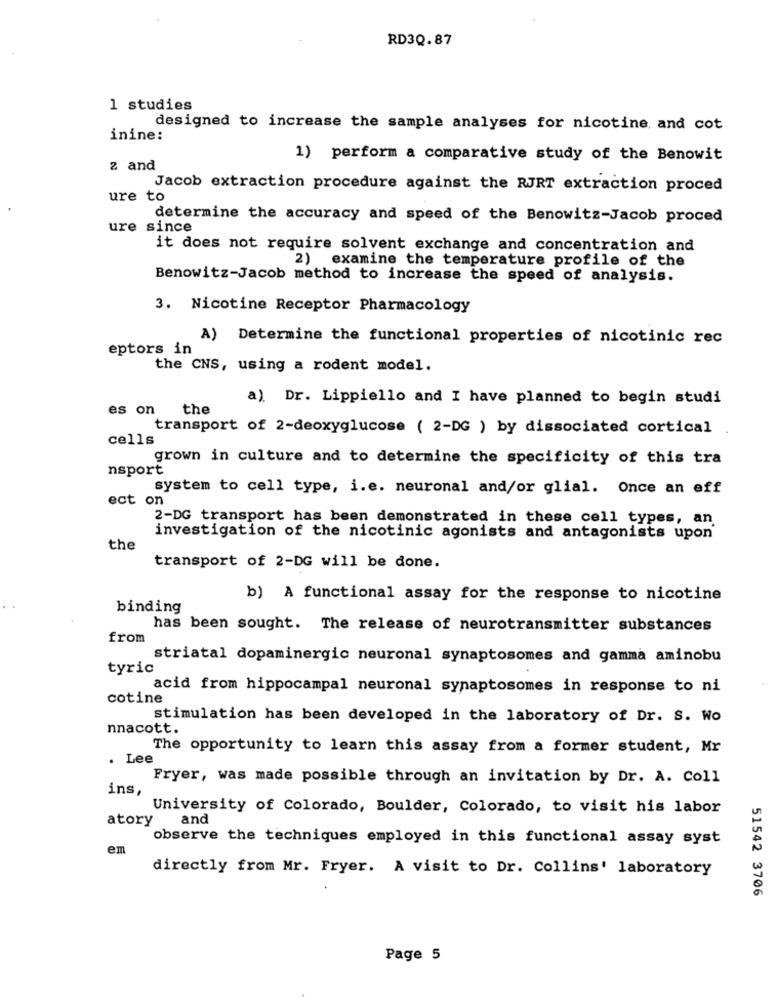
RD3Q.87
1 studies
designed to increase the sample analyses for nicotine, and cot
inine:
1) perform a comparative study of the Benowit
2 and
Jacob extraction procedure against the RJRT extraction proced
ure to
determine the accuracy and speed of the Benowitz-Jacob proced
ure since
it does not require solvent exchange and concentration and
2) examine the temperature profile of the
Benowitz-Jacob method to increase the speed of analysis.
3. Nicotine Receptor Pharmacology
Determine the functional properties of nicotinic rec
eptors in
the CNS, using a rodent model.
a). Dr. Lippiello and I have planned to begin studi
es on
the
transport of 2-deoxyglucose ( 2-DG ) by dissociated cortical
cells
grown in culture and to determine the specificity of this tra
nsport
system to cell type, i.e. neuronal and/or glial. Once an eff
ect on
2-DG transport has been demonstrated in these cell types, an
investigation of the nicotinic agonists and antagonists upon
the
transport of 2-DG will be done.
b) A functional assay for the response to nicotine
binding
has been sought. The release of neurotransmitter substances
from
striatal dopaminergic neuronal synaptosomes and gamma aminobu
tyric
acid from hippocampal neuronal synaptosomes in response to ni
cotine
stimulation has been developed in the laboratory of Dr. S. Wo
nnacott.
The opportunity to learn this assay from a former student, Mr
Lee
Fryer, was made possible through an invitation by Dr. A. Coll
ins,
University of Colorado, Boulder, Colorado, to visit his labor
atory
and
observe the techniques employed in this functional assay syst
em
directly from Mr. Fryer. A visit to Dr. Collins' laboratory
51542 3706
Page 5